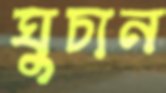
ঘুচান